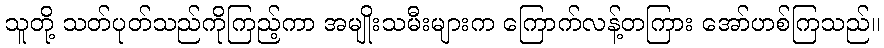
သူတို့ သတ်ပုတ်သည်ကိုကြည့်ကာ အမျိုးသမီးများက ကြောက်လန့်တကြား အော်ဟစ်ကြသည်။